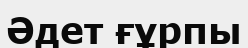
Әдет ғұрпы